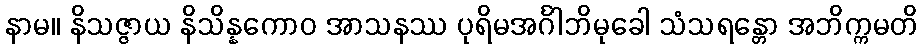
နာမ။ နိသဇ္ဇာယ နိသိန္နကောဝ အာသနဿ ပုရိမအင်္ဂါဘိမုခေါ သံသရန္တော အဘိက္ကမတိ